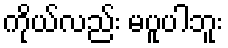
ကိုယ်လည်း မပူပါဘူး